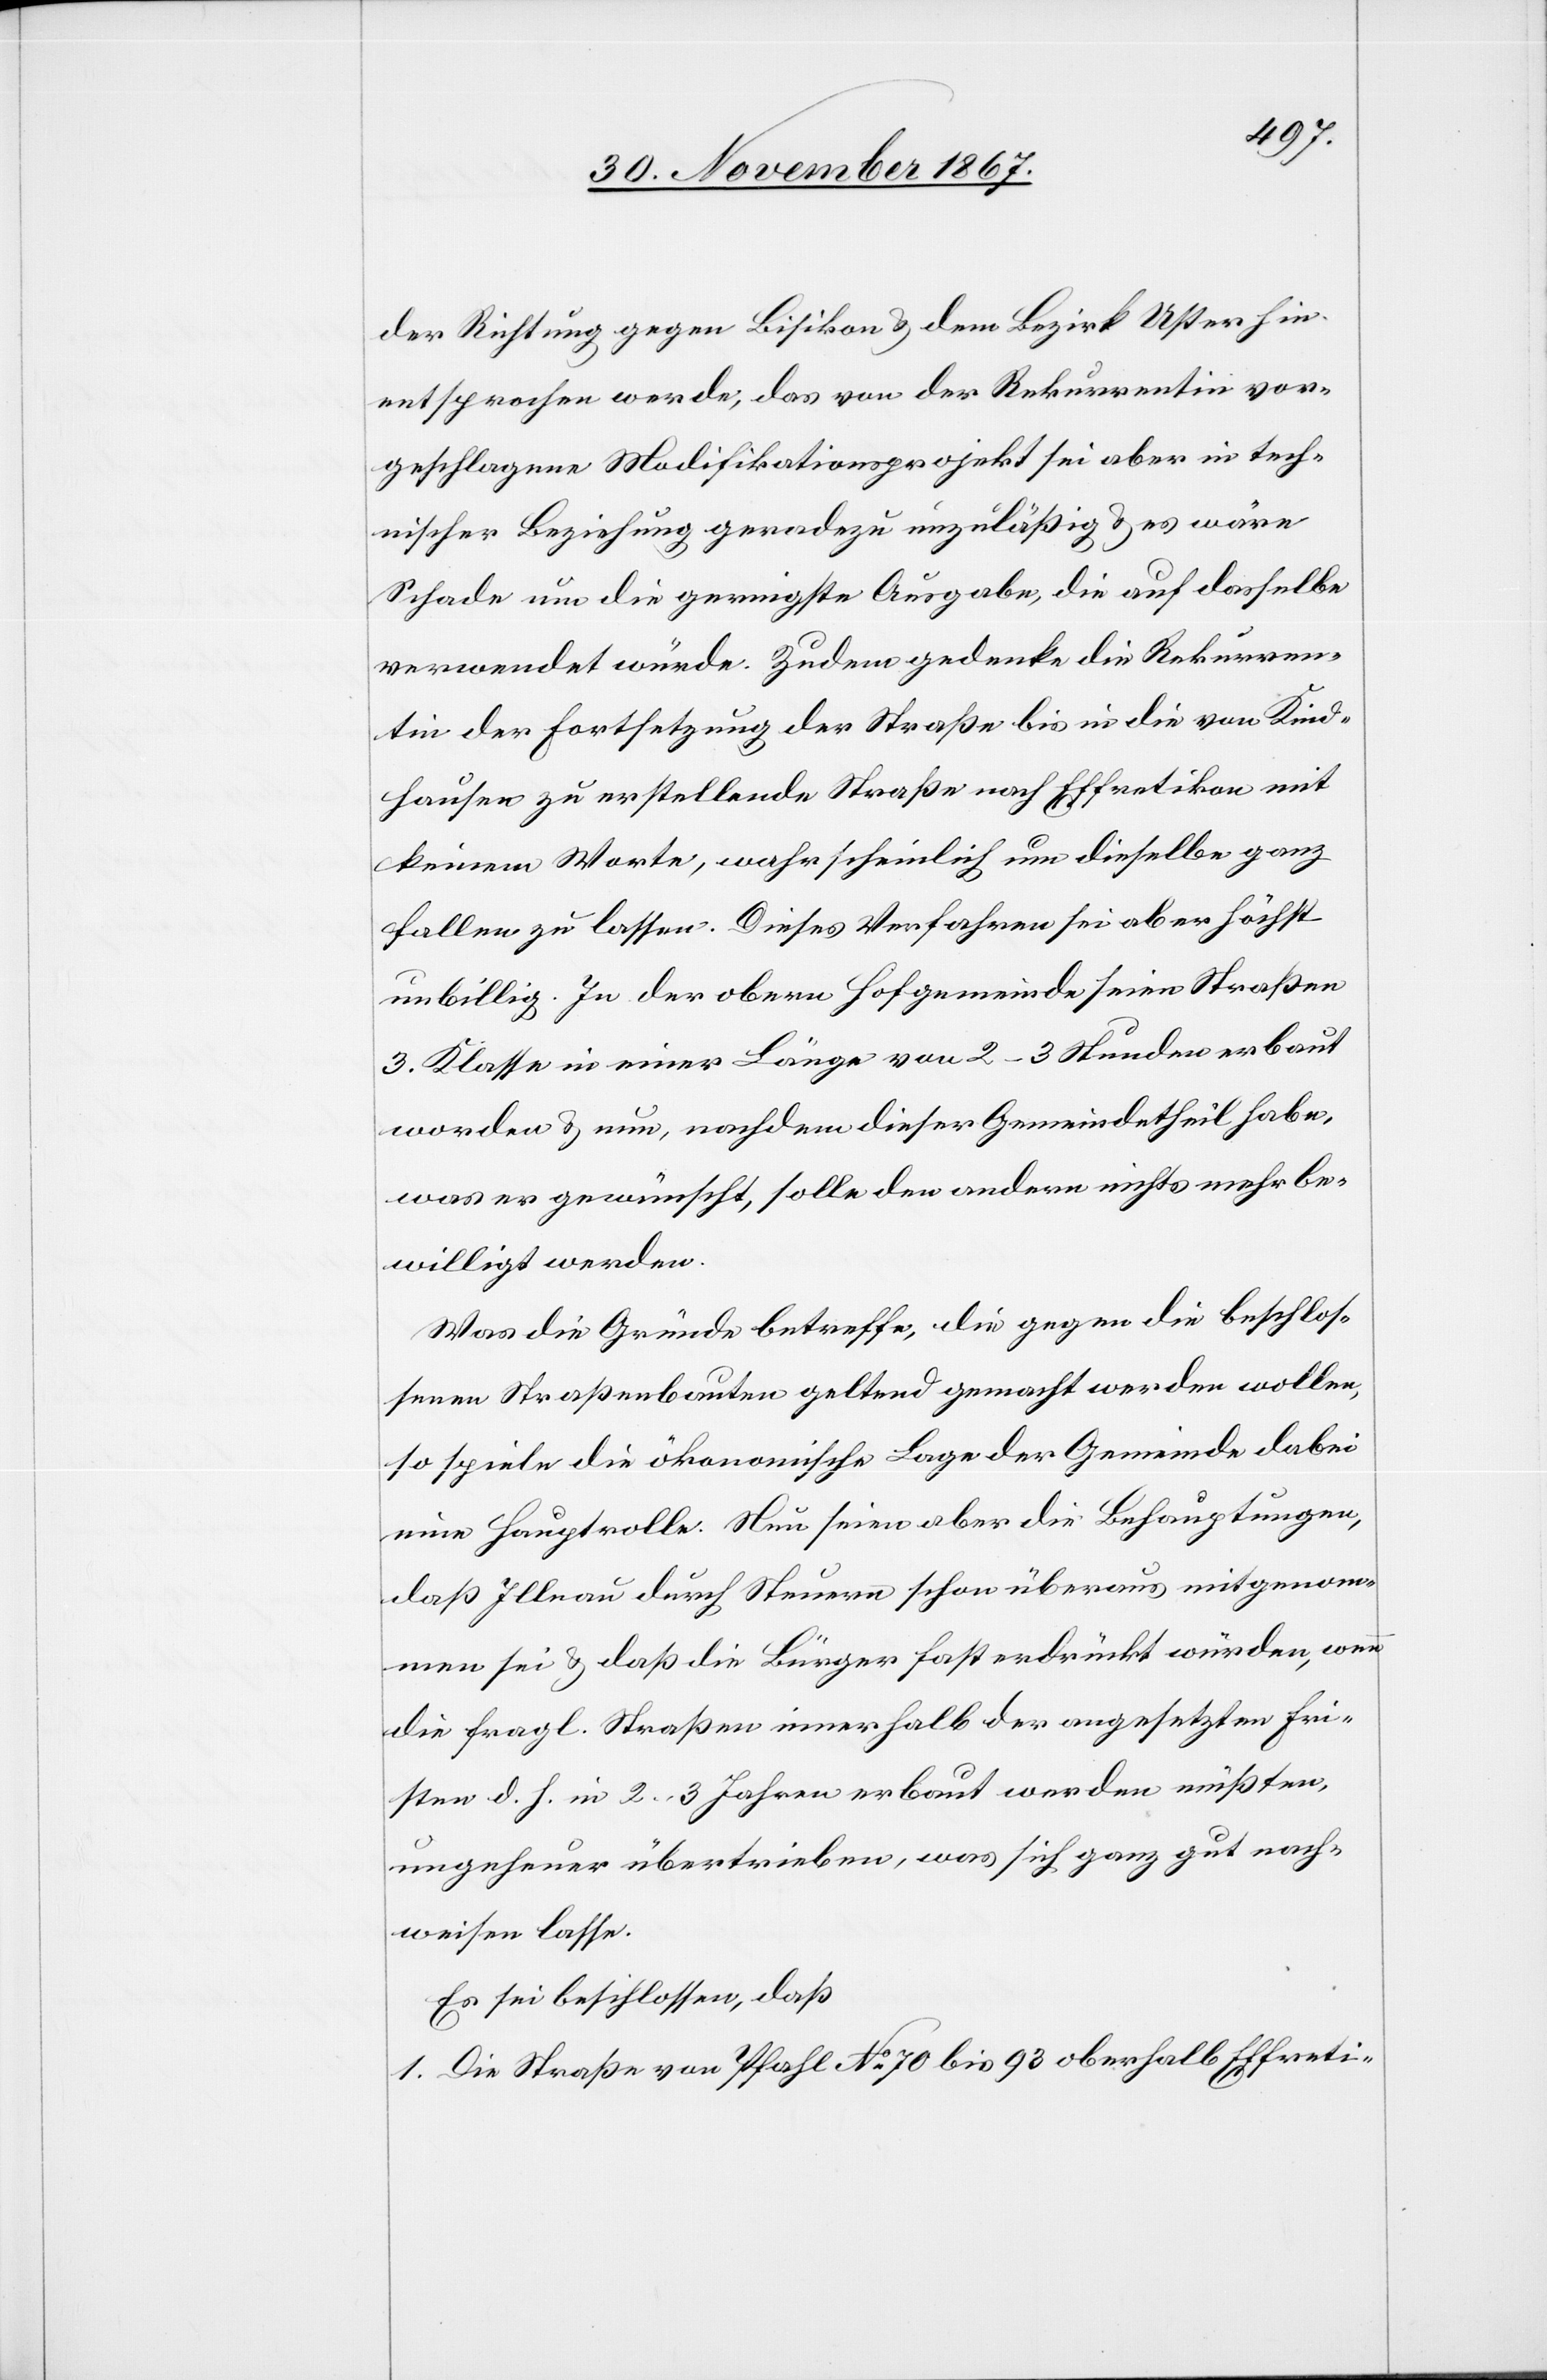
der Richtung gegen Bisikon u. dem Bezirk Uster hin
entsprochen werde, das von der Rekurrentin vor¬
geschlagene Modifikationsprojekt sei aber in tech¬
nischer Beziehung geradezu unzuläßig u. es wäre
Schade um die geringste Ausgabe, die auf dasselbe
verwendet würde. Zudem gedenke die Rekurren¬
tin der Fortsetzung der Straße bis in die von Kind¬
hausen zu erstellende Straße nach Effretikon mit
keinem Worte, wahrscheinlich um dieselbe ganz
fallen zu lassen. Dieses Verfahren sei aber höchst
unbillig. In der obern Hofgemeinde seien Straßen
3. Klasse in einer Länge von 2–3 Stunden erbaut
worden u. nun, nachdem dieser Gemeindetheil habe,
was er gewünscht, solle den andern nichts mehr be¬
willigt werden.
Was die Gründe betreffe, die gegen die beschlos¬
senen Straßenbauten geltend gemacht werden wollen,
so spiele die ökonomische Lage der Gemeinde dabei
eine Hauptrolle. Nun seien aber die Behauptungen,
daß Illnau durch Steuern schon überaus mitgenom¬
men sei u. daß die Bürger fast erdrückt würden, wenn
die fragl. Straßen innerhalb der angesetzten Fri¬
sten d. h. in 2–3 Jahren erbaut werden müßten,
ungeheuer übertrieben, was sich ganz gut nach¬
weisen lasse.
Es sei beschlossen, daß
1. Die Straße von Pfahl No. 70 bis 93 oberhalb Effreti-